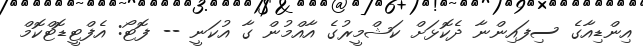
އިންޑިއާގެ ސިފައިންނާ ދެކޮޅަށް ކަޝްމީރުގެ އާއްމުން ގާ އުކަނީ -- ފޮޓޯ: އެފްޓީޑޮޓްކޮމް